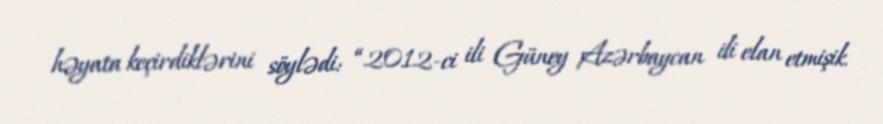
həyata keçirdiklərini söylədi: “2012-ci ili Güney Azərbaycan ili elan etmişik.